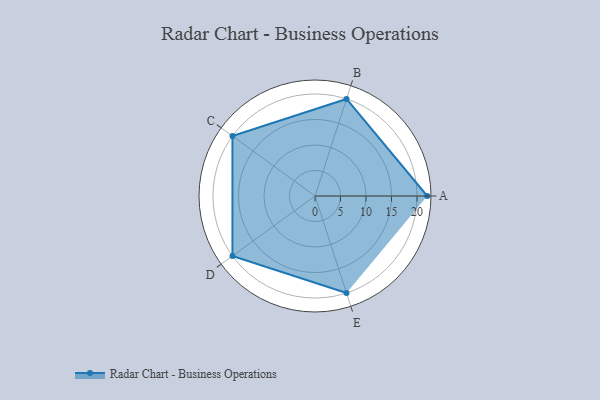
{"axis": {"x": "Skill", "y": "Score"}, "legend": ["Profile"], "data": [{"x": "A", "y": 22.0, "type": "Profile"}, {"x": "B", "y": 20, "type": "Profile"}, {"x": "C", "y": 20, "type": "Profile"}, {"x": "D", "y": 20, "type": "Profile"}, {"x": "E", "y": 20, "type": "Profile"}]}